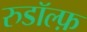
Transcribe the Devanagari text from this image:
रुडॉल्फ़